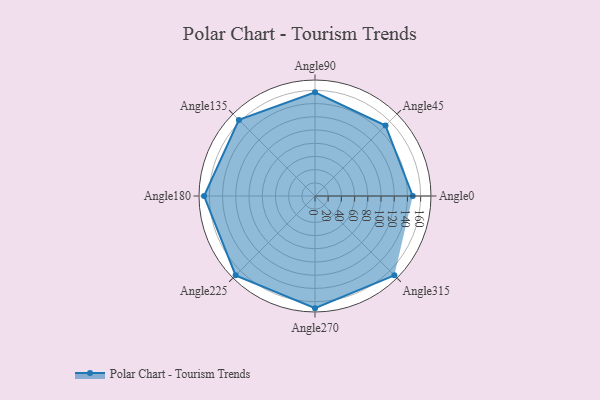
{"axis": {"x": "Angle", "y": "Radius"}, "legend": [""], "data": [{"x": "Angle0", "y": 148.0, "type": ""}, {"x": "Angle45", "y": 151.0, "type": ""}, {"x": "Angle90", "y": 157.0, "type": ""}, {"x": "Angle135", "y": 163.0, "type": ""}, {"x": "Angle180", "y": 168.0, "type": ""}, {"x": "Angle225", "y": 170.0, "type": ""}, {"x": "Angle270", "y": 170, "type": ""}, {"x": "Angle315", "y": 170, "type": ""}]}